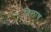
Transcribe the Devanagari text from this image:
दिलाच